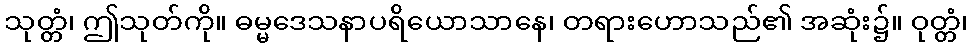
သုတ္တံ၊ ဤသုတ်ကို။ ဓမ္မဒေသနာပရိယောသာနေ၊ တရားဟောသည်၏ အဆုံး၌။ ဝုတ္တံ၊